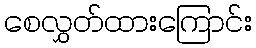
စေလွှတ်ထားကြောင်း